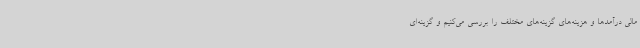
مالی درآمدها و هزینه‌های گزینه‌های مختلف را بررسی می‌کنیم و گزینه‌ای